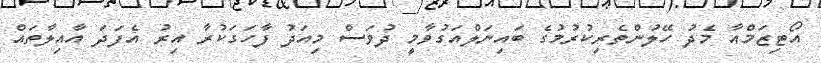
އޯޓިޒަމްއާ މެދު ހޭލުންތެރިކުރުމުގެ ބައިނަލްއަގުވާމީ ދުވަސް މިއަދު ފާހަގަކުރާ އިރު އެފަދަ އާއިލާތައް